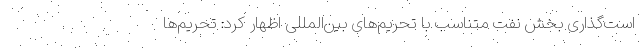
است‌گذاری بخش نفت متناسب با تحریم‌های بین‌المللی اظهار کرد: تحریم‌ها